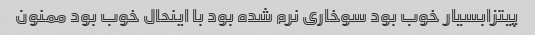
پیتزابسیار خوب بود سوخاری نرم شده بود با اینحال خوب بود ممنون